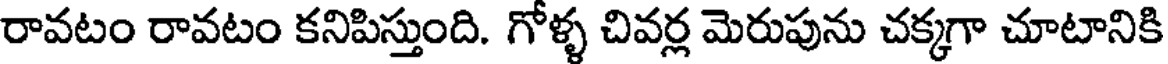
రావటం రావటం కనిపిస్తుంది. గోళ్ళ చివర్ల మెరుపును చక్కగా చూటానికి